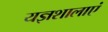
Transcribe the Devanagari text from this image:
यज्ञशालाएं